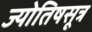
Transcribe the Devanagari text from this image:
ज्योतिषसूत्र